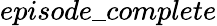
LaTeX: episode\_ complete